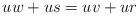
LaTeX: \begin{align*}uw + us &= uv + ur\end{align*}